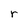
Character: r